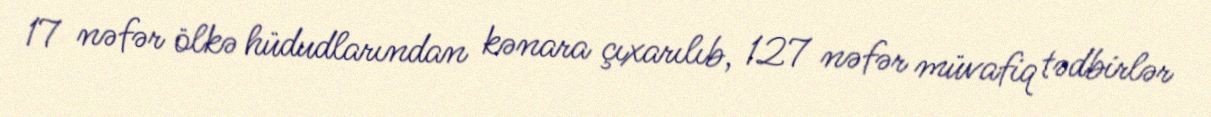
17 nəfər ölkə hüdudlarından kənara çıxarılıb, 127 nəfər müvafiq tədbirlər